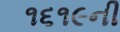
૧૬૧૯ની